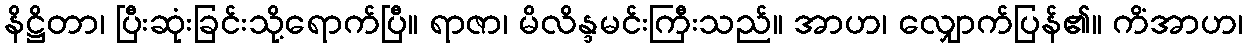
နိဋ္ဌိတာ၊ ပြီးဆုံးခြင်းသို့ရောက်ပြီ။ ရာဇာ၊ မိလိန္ဒမင်းကြီးသည်။ အာဟ၊ လျှောက်ပြန်၏။ ကိံအာဟ၊